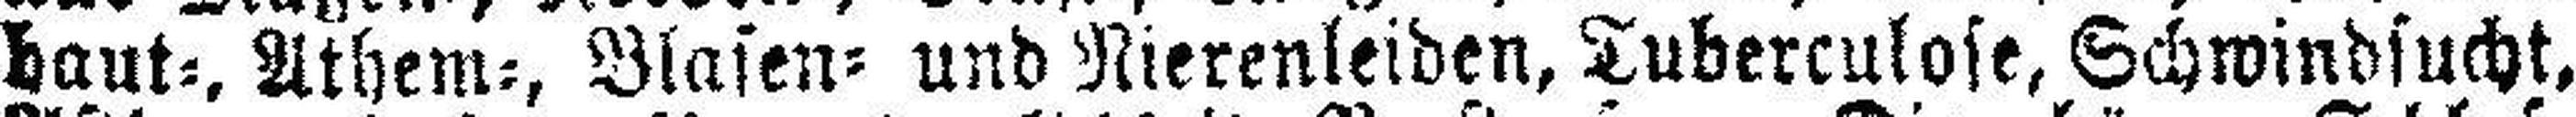
haut=, Athem=, Blasen= und Nierenleiden, Tuberculose, Schwindsucht,